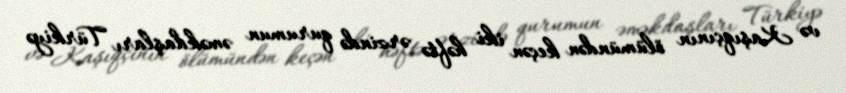
və Kaşıqçının ölümündən keçən iki həftə ərzində qurumun əməkdaşları Türkiyə